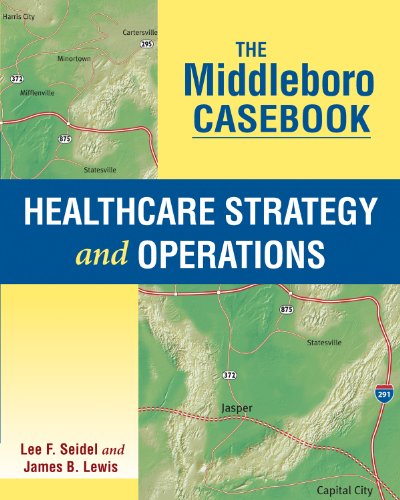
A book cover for The Middleboro Casebook: Healthcare Strategy and Operations; Lee F. Seidel; Medical Books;